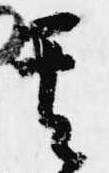
其